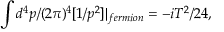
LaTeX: \int d ^ { 4 } p / ( 2 \pi ) ^ { 4 } [ 1 / p ^ { 2 } ] | _ { f e r m i o n } = - i T ^ { 2 } / 2 4 ,